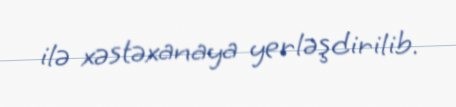
ilə xəstəxanaya yerləşdirilib.